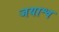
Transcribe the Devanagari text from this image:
जयाश्व